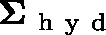
\mathbf { \Sigma } _ { \mathrm { ~ h ~ y ~ d ~ } }